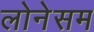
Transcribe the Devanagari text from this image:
लोनेसम